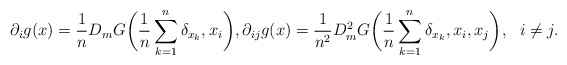
\begin{align*}\partial_i g(x) = \frac{1}{n}D_mG\bigg(\frac{1}{n}\sum_{k=1}^n\delta_{x_k},x_i\bigg), \partial_{ij} g(x) = \frac{1}{n^2}D_m^2G\bigg(\frac{1}{n}\sum_{k=1}^n\delta_{x_k},x_i,x_j\bigg), \ \ i \neq j.\end{align*}